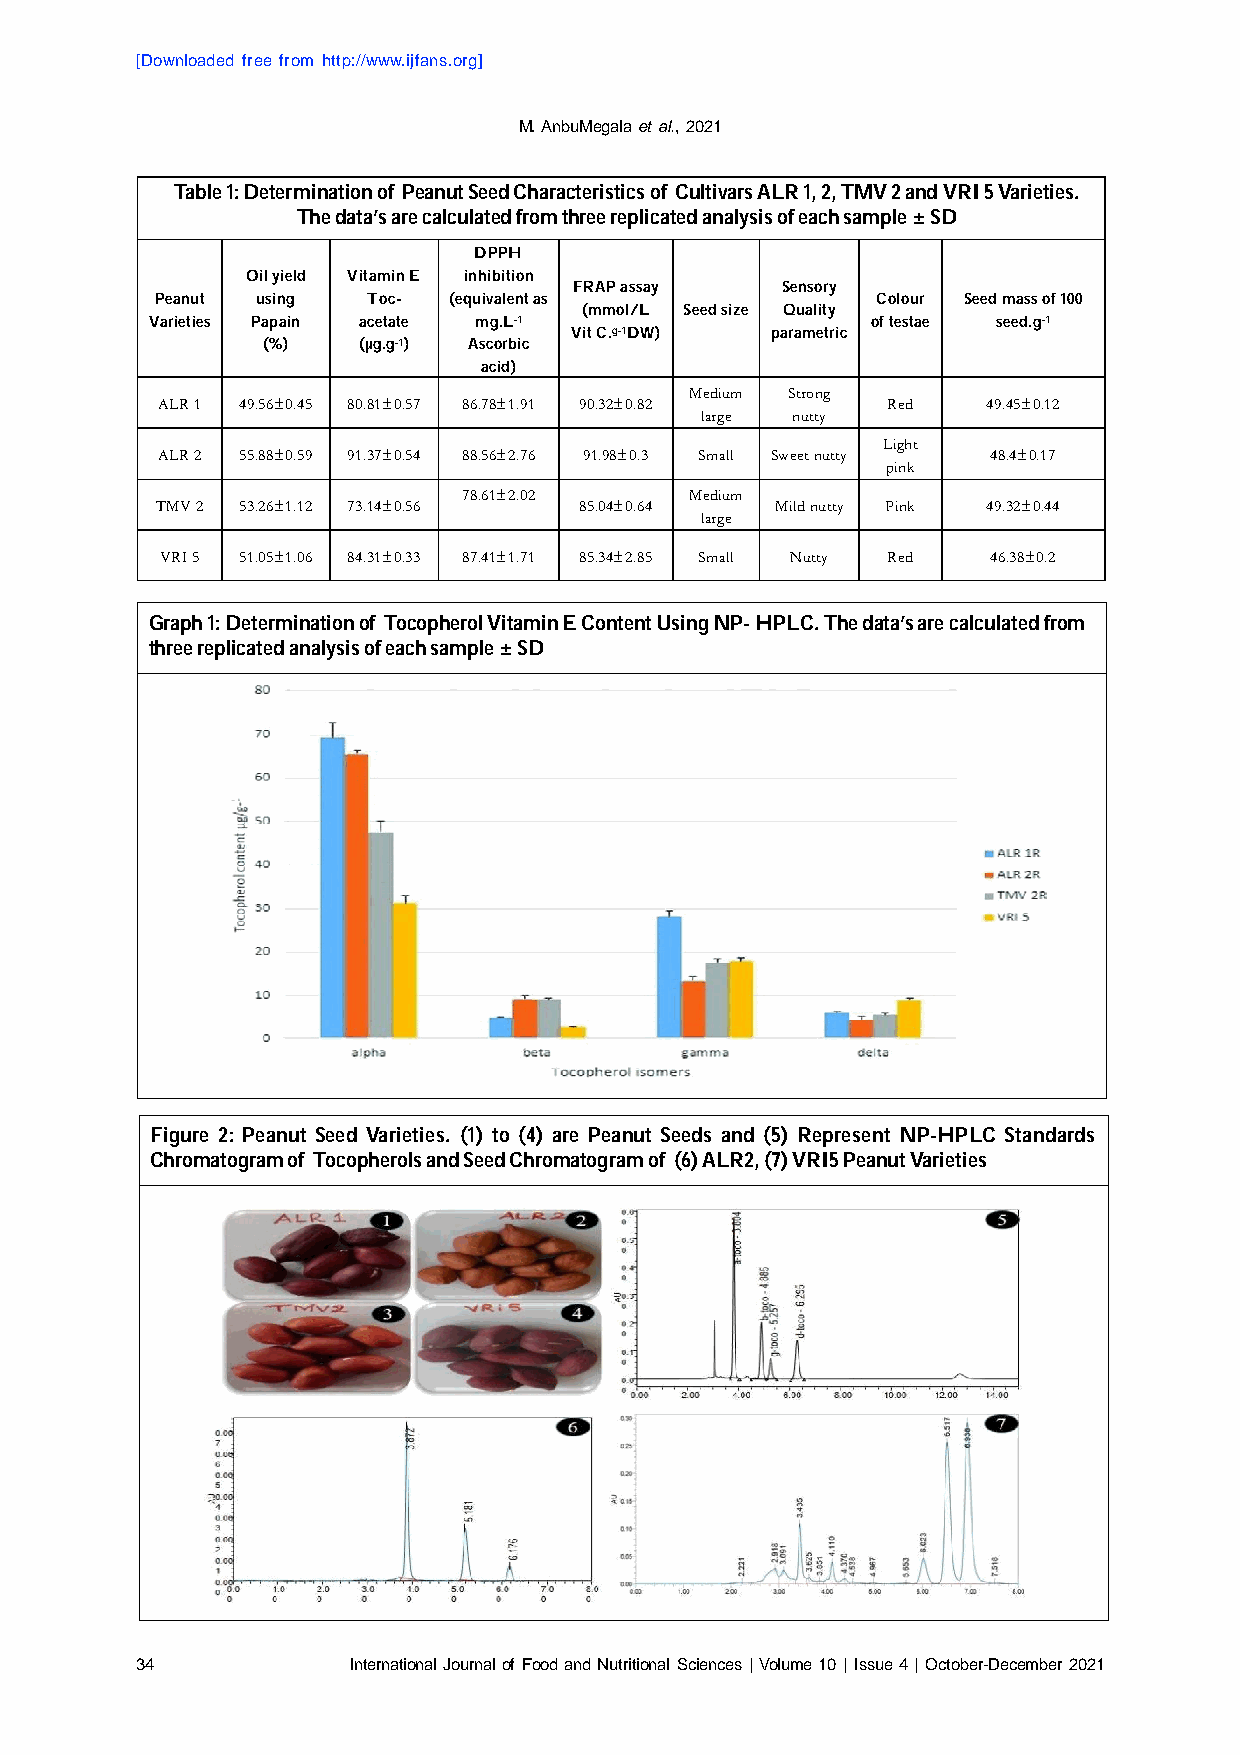
[Downloaded free from http://www.ijfans.org]
 M. AnbuMegala et al., 2021
 TableT 1a:b Dlee 1t:e Drmeteinrmatiinoanti oonf oPfe paenauntu St eseeded C chhaarraacctteerriisstticics so of fcu Cltuivlatirvsa ArsL AR L1,R 2 ,1 T, 2M, TV M2 aVn d2 VanRdI 5V vRaIr i5e tVieasr.i eties.
 ThTeh dea dtaa’tsa ’asr aer ec aclacluculalatteedd ffrroomm tthhrreeee rreepplilcicaatetde da naanlayslyiss iosf oeaf ceha csahm sapmle p±l eS D± SD
 DPPH
 Oil yield Vitamin E inhibition
 FRAP assay    Sensory
 Peanut using  Toc-  (equivalent as              Colour Seed mass of 100
 (mmol/L Seed size Quality
 Varieties Papain acetate mg.L-1                 of testae seed.g-1
 Vit C.g-1DW) parametric
 (%)    (µg.g-1) Ascorbic
 acid)
 Medium Strong
 ALR 1 49.56±0.45 80.81±0.57 86.78±1.91 90.32±0.82 Red  49.45±0.12
 large nutty
 Light
 ALR 2 55.88±0.59 91.37±0.54 88.56±2.76 91.98±0.3 Small Sweet nutty 48.4±0.17
 pink
 78.61±2.02     Medium
 TMV 2 53.26±1.12 73.14±0.56 85.04±0.64   Mild nutty Pink 49.32±0.44
 large
 VRI 5 51.05±1.06 84.31±0.33 87.41±1.71 85.34±2.85 Small Nutty Red 46.38±0.2
 Graph 1: Determination of Tocopherol Vitamin E Content Using NP- HPLC. The data’s are calculated from
 three replicated analysis of each sample ± SD
 Figure 2: Peanut Seed Varieties. (1) to (4) are Peanut Seeds and (5) Represent NP-HPLC Standards
 Chromatogram of Tocopherols and Seed Chromatogram of (6) ALR2, (7) VRI5 Peanut Varieties
 34            International Journal of Food and Nutritional Sciences | Volume 10 | Issue 4 | October-December 2021